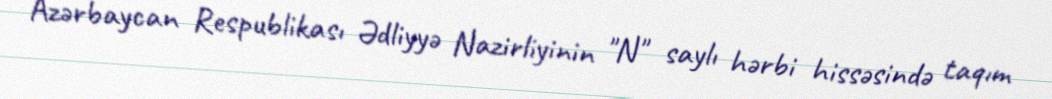
Azərbaycan Respublikası Ədliyyə Nazirliyinin "N" saylı hərbi hissəsində taqım